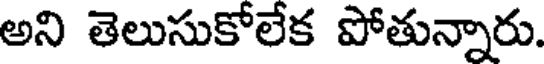
అని తెలుసుకోలేక పోతున్నారు.